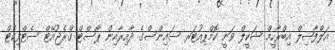
އަލްފާޟިލް އިބްރާހީމް ޝަކީލް ވަނީ ކޮމްޕިއުޓަރ ސައިންސްގެ ދާއިރާއިން ޕޯސްޓް ގްރެޖުއޭޓް ސެޓްފިކެޓް